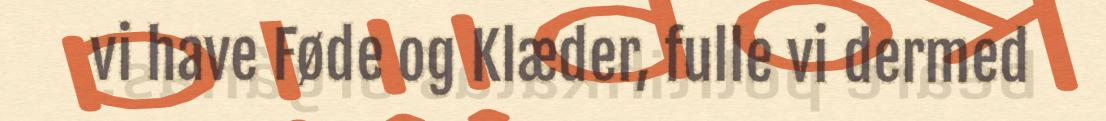
vi have Føde og Klæder, fulle vi dermed